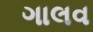
ગાલવ